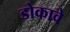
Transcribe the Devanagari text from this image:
डोकावे